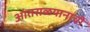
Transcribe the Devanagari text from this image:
आंतराळयानाची